Dysentery in Hazaribagh Central Jail - Number 52
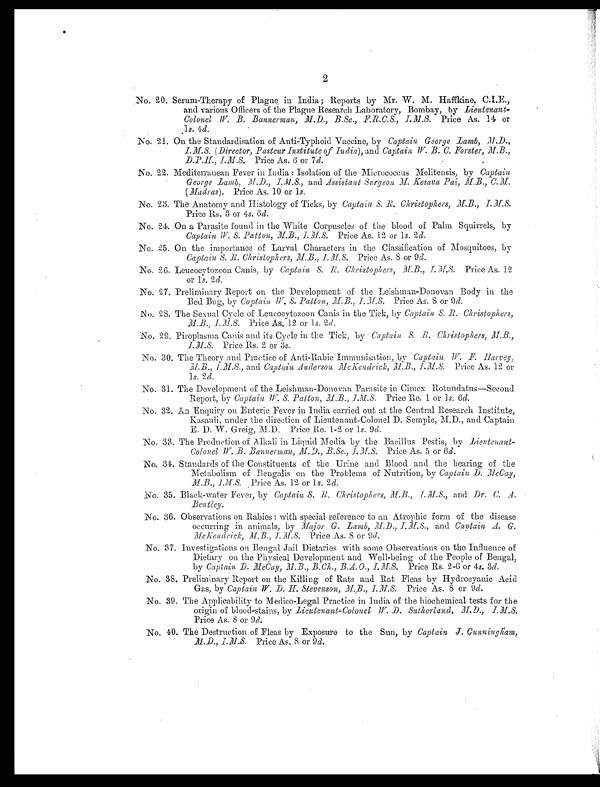
2
No. 20. Serum-Therapy of Plague in India; Reports by Mr. W. M. Haffkine, C.I.E.,
and various Officers of the Plague Research Laboratory, Bombay, by Lieutenant-
Colonel W. B. Bannerman, M.D., B.Sc., F.R.C.S., I.M.S. Price As. 14 or
1s . 4d.
No. 21. On the Standardisation of Anti-Typhoid Vaccine, by Captain George Lamb,
M.D., I.M.S. (Director, Pasteur Institute of India), and Captain W. B. C. Forster, M. B.,
D.P H., I.M.S. Price As. 6 or 7d.
No. 22. Mediterranean Fever in India : Isolation of the Micrococcus Melitensis, by Captain
George Lamb, M.D., I.M.S., and Assistant Surgeon M. Kesava Pai, M.B.,
C.M. (Madras). Price As. 10 or 1s.
No. 23. The Anatomy and Histology of Ticks, by Captain S. R. Christophers, M.B.
, I.M.S. Price Rs. 3 or 4s. 6d.
No. 24. On a Parasite found in the White Corpuscles of the blood of Palm Squirrels, by
Captain W. S. Patton, M.B., I.M.S. Price As. 12 or 1s. 2d.
No. 25. On the importance of Larval Characters in the Classification of Mosquitoes, by
Captain S. R. Christophers, M.B., I.M.S. Price As. 8 or 9 d.
No. 26. Leucocytozoon Canis, by Captain S. R. Christophers, M.B., I.M.S. Price As. 12
or 1s. 2 d.
No. 27. Preliminary Report on the Development of the Leishman-Donovan Body in the
Bed Bug, by Captain W.S. Patton, M.B., I.M.S. Price As. 8 or 9d.
No. 28. The Sexual Cycle of Leucocytozoon Canis in the Tick, by Captain, S. R. Christophers,
M.B., I.M.S. Price As. 12 or 1s. 2d.
No. 29. Piroplasma Canis and its Cycle in the Tick, by Captain S. R. Christophers,
M.B., I.M.S. Price Rs. 2 or 3s.
No. 30. The Theory and Practice of Anti-Rabic Immunisation, by Captain W. F. Harvey
, M.B., I.M.S., and Captain Anderson McKendrick, M.B., I.M.S. Price As. 12 or
1s. 2d.
No. 31. The Development of the Leishman-Donovan Parasite in Cimex Rotundatus—Second
Report, by Captain W. S. Patton, M.B., I.M.S. Price Re. 1 or 1s. 6d.
N o . 3 2 . A n E n q u i r y o n E n t e r i c F e v e r i n I n d i a c a r r i e d o u t a t t h e C e n t r a l R e s e a r c h I n s t i t u t e ,
Kasauli, under the direction of Lieutenant-Colonel D. Semple, M.D., and Captain
E. D. W. Greig, M.D. Price Re. 1-2 or 1 s. 9 d.
No. 33. The Production of Alkali in Liquid Media by the Bacillus Pestis, by Lieutenant-
Colonel W. B. Bannerman, M.D., B.Sc., I.M.S. Price As. 5 or 6d.
No. 34. Standards of the Constituents of the Urine and Blood and the bearing of the
Metabolism of Bengalis on the Prolems of Nutrition, by Captain D. McCay,
M.B., I.M.S. Price As. 12 or 1s. 2d.
No. 35. Black-water Fever, by Captain S. R. Christophers, I.M.S., and Dr. C. A.
Bentley.
No. 36. Observations on Rabies : with special reference to an Atrophic form of the disease
occurring in animals, by Major G. Lamb, M.D., I.M.S.,a n d
C a p t a i n A . G .
McKendrick, M. B., I.M.S.P r i c e A s . 8 o r 9
d .
No. 37. Investigations on Bengal Jail Dietaries with some Observations on the Influence of
Dietary on the Physical Development and Well-being of the People of Bengal,
by Captain D. McCay, M.B., B.Ch., B.A.O., I.M.S. Price Rs. 2-6 or 4s. 3d.
No. 38. Preliminary Report on the Killing of Rats and Rat Fleas by Hydrocyanic Acid
Gas, by Captain W. D. H. Stevenson, M.B., I.M.S. Price As. 8 or 9d.
No. 39. The Applicability to Medico-Legal Practice in India of the biochemical tests for the
origin of blood-stains, by Lieutenant-Colonel W. D. Sutherland, M.D., I.M.S.
Price As. 8 or 9d .
No. 40. The Destruction of Fleas by Exposure to the Sun, by Captain J. Cunningham,
M.D., I.M.S. Price As. 8 or 9d.